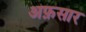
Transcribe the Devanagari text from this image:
अफ़सार